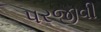
પરજીવી